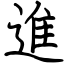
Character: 進